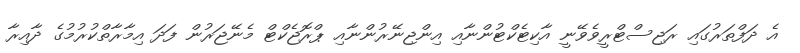
އެ ދަފްތަރުގައި ރަޖިސްޓްރީވެވޭނީ އާކިޓެކްޓުންނާއި އިންޖިނޭރުންނާއި ޕްރޮޖެކްޓް މެނޭޖަރުން ފަދަ އިމާރާތްކުރުމުގެ ދާއިރާ